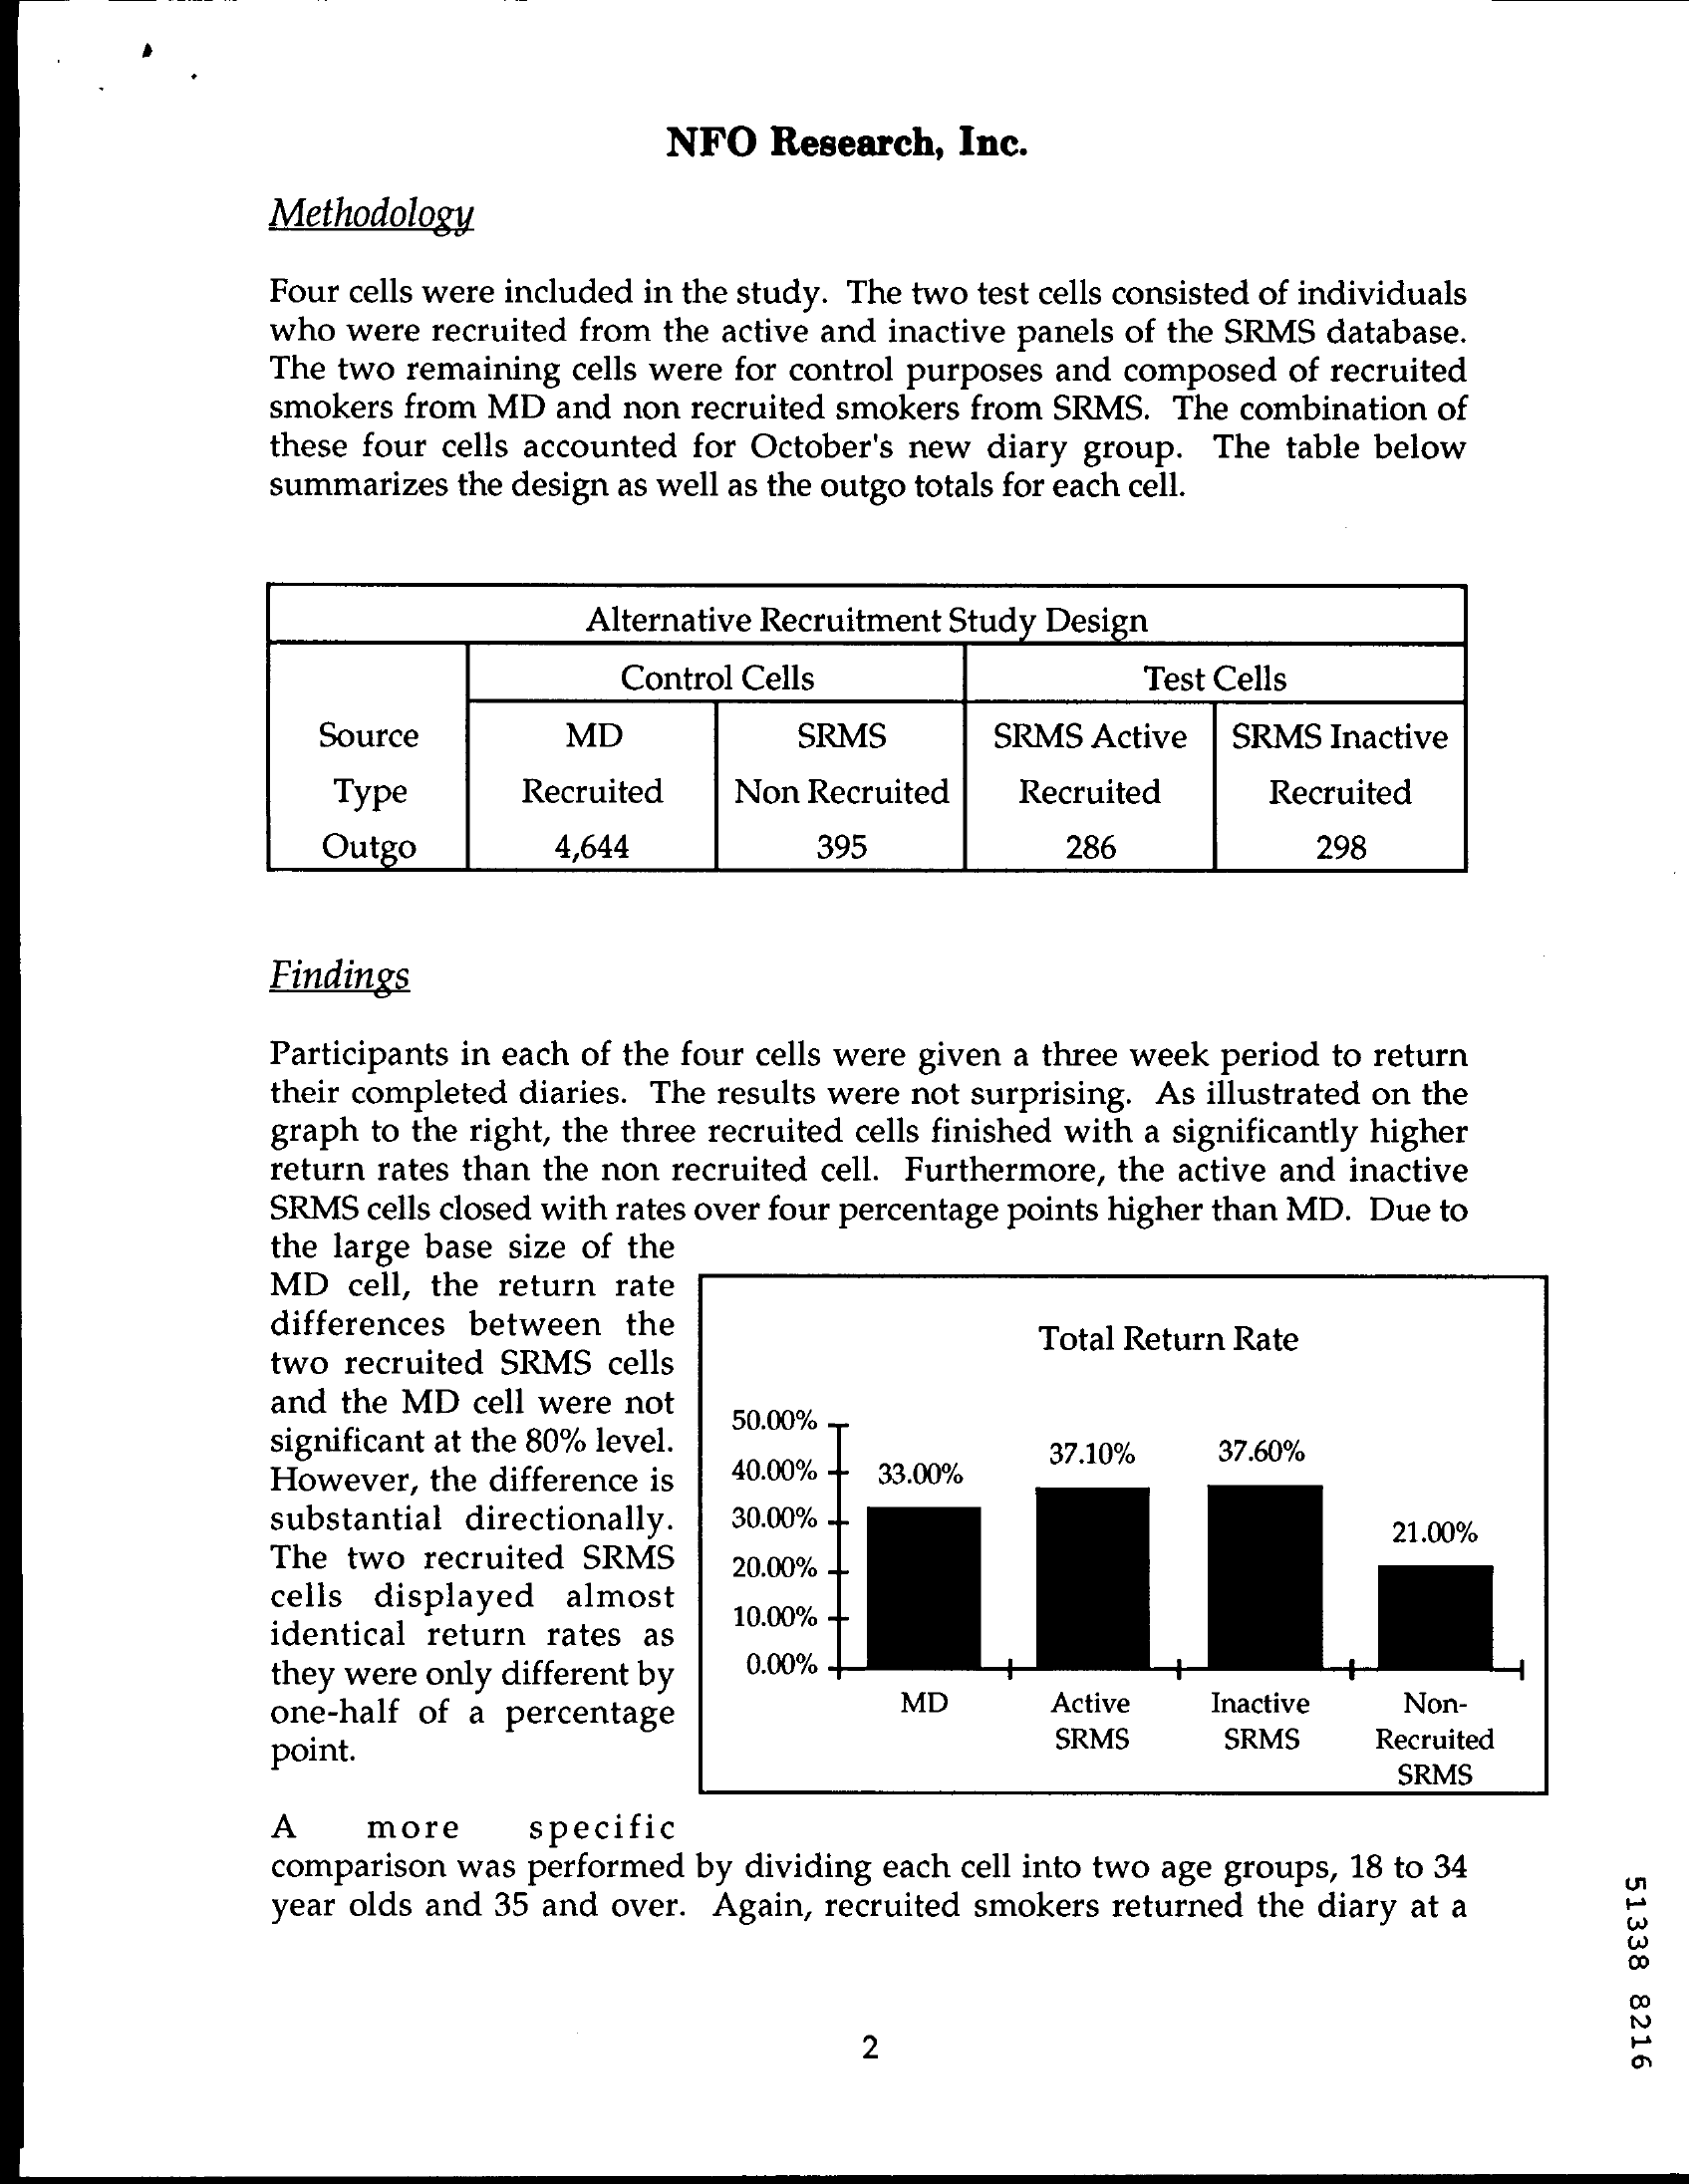
NFO   Research,  Inc.
     Methodology
     Four cells were included in the study. The two test cells consisted of individuals
     who were recruited from the active and inactive panels of the SRMS database.
     The two remaining cells were for control purposes and composed of recruited
     smokers from MD and non recruited smokers from SRMS. The combination of
     these four cells accounted for October's new diary group. The table below
     summarizes the design as well as the outgo totals for each cell.
     Alternative Recruitment Study Design
     Control Cells    Test Cells
     Source    MD    SRMS    SRMS Active   SRMS Inactive
     Type    Recruited   Non Recruited   Recruited    Recruited
     Outgo    4,644    395    286    298
     Findings
     Participants in each of the four cells were given a three week period to return
     their completed diaries. The results were not surprising. As illustrated on the
     graph to the right, the three recruited cells finished with a significantly higher
     return rates than the non recruited cell. Furthermore, the active and inactive
     SRMS cells closed with rates over four percentage points higher than MD. Due to
     the large base size of the
     MD  cell, the return rate
     differences between the
     two recruited SRMS cells
     Total Return Rate
     and the MD cell were not
     significant at the 80% level.
     50.00%
     However, the difference is 40.00%  33.00%
     37.10%    37.60%
     substantial directionally. 30.00% -
     The two  recruited SRMS
     21.00%
     cells displayed  almost
     20.00% -
     identical return rates as
     10.00% -
     they were only different by 0.00% -
     one-half of a percentage
     MD    Active   Inactive   Non-
     point.    SRMS    SRMS    Recruited
     SRMS
     A    more
     comparison was performed by dividing each cell into two age groups, 18 to 34
     specific
     51338
     8216
     year olds and 35 and over. Again, recruited smokers returned the diary at a
     2